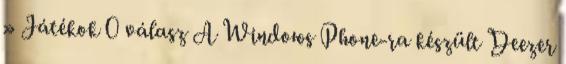
» Játékok 0 válasz A Windows Phone-ra készült Deezer